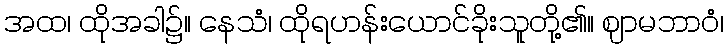
အထ၊ ထိုအခါ၌။ နေသံ၊ ထိုရဟန်းယောင်ခိုးသူတို့၏။ ဈာမဘာဝံ၊